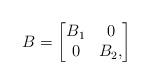
LaTeX: \begin{align*} B = \begin{bmatrix} B_1 & 0\\ 0 & B_2, \end{bmatrix}\end{align*}